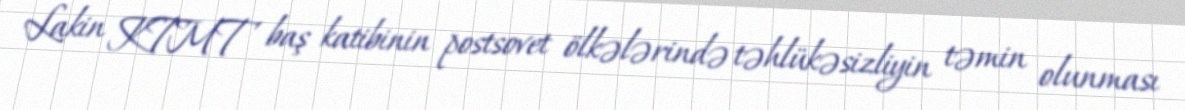
Lakin KTMT baş katibinin postsovet ölkələrində təhlükəsizliyin təmin olunması